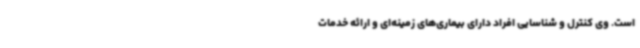
است. وی کنترل و شناسایی افراد دارای بیماری‌های زمینه‌ای و ارائه خدمات